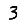
Digit: 3